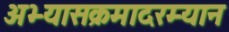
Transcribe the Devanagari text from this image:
अभ्यासक्रमादरम्यान